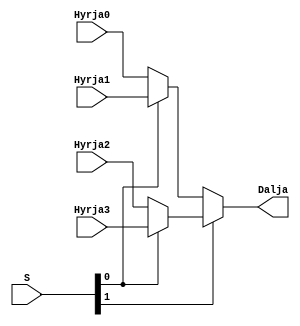
`timescale 1ns / 1ps
//////////////////////////////////////////////////////////////////////////////////
// Company: 
// Engineer: 
// 
// Design Name: 
// Module Name: mux4ne1
// Project Name: 
// Target Devices: 
// Tool Versions: 
// Description: 
// 
// Dependencies: 
// 
// Revision:
// Revision 0.01 - File Created
// Additional Comments:
// 
//////////////////////////////////////////////////////////////////////////////////


module mux4ne1(
    input Hyrja0,
    input Hyrja1,
    input Hyrja2,
    input Hyrja3,
    input [1:0] S,
    output Dalja
    );
    
    //S 00 H0
    //S 01 H1
    //S 10 H2
    //S 11 H3
    assign Dalja = S[1] ? (S[0] ? Hyrja3 : Hyrja2) : (S[0] ? Hyrja1 : Hyrja0);
endmodule